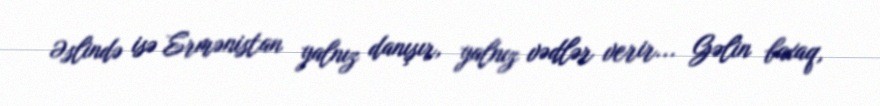
Əslində isə Ermənistan yalnız danışır, yalnız vədlər verir... Gəlin baxaq,